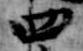
四